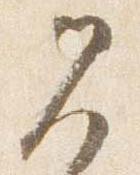
見